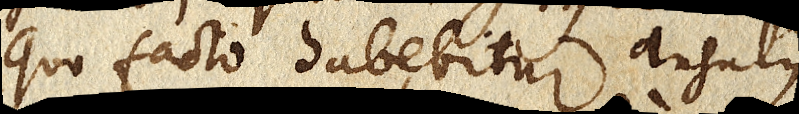
quo facto habebitur angulus